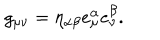
g _ { \mu \nu } = \eta _ { \alpha \beta } e _ { \mu } ^ { \alpha } e _ { \nu } ^ { \beta } .